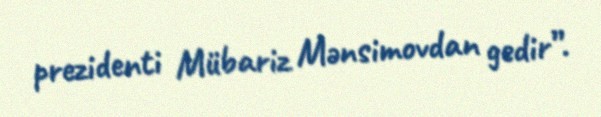
prezidenti Mübariz Mənsimovdan gedir”.